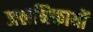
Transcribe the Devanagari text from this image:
जलनिकायों